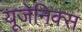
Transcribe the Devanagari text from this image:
यूजेनिक्स